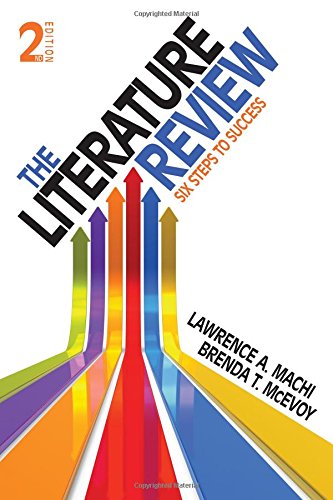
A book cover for The Literature Review: Six Steps to Success; Lawrence (Larry) A. (Anthony) Machi; Education & Teaching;